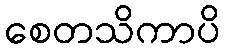
စေတသိကာပိ